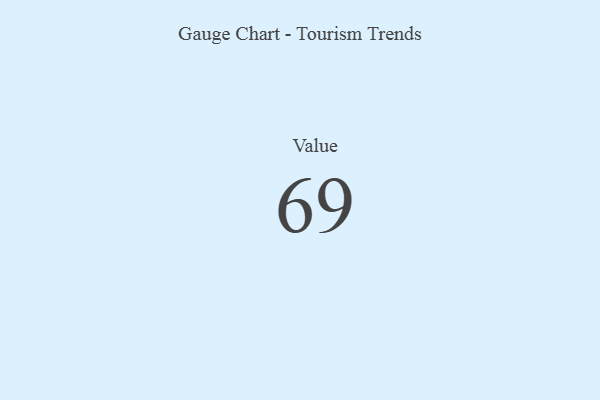
{"axis": {"x": "Metric", "y": "Value"}, "legend": [""], "data": [{"x": "Value", "y": 69, "type": ""}]}